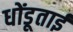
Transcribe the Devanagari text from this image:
धोंडूताई